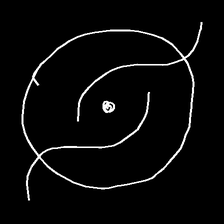
Glyph: repetition